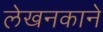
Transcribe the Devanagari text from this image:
लेखनकाने